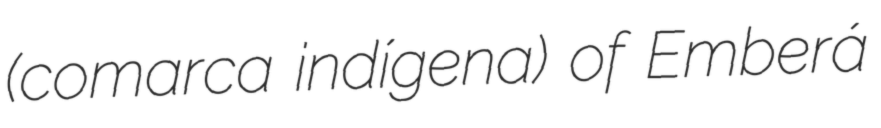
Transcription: (comarca indígena) of Emberá